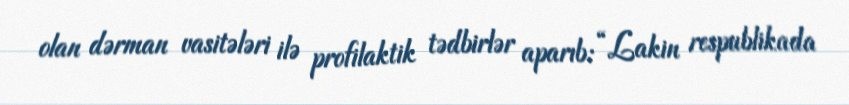
olan dərman vasitələri ilə profilaktik tədbirlər aparıb: “Lakin respublikada